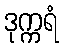
ဒုက္ကရံ